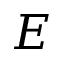
E